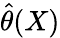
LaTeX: {\hat{\theta}}(X)